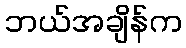
ဘယ်အချိန်က